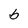
Character: b